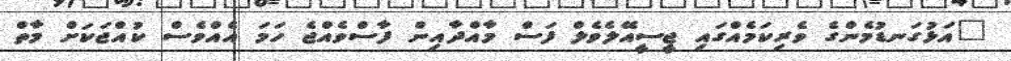
"އަޅުގަނޑުމެންގެ ވެރިކަމެއްގައި ޖީސީއޭލެވެލް ފަސް މާއްދާއިން ފާސްވެއްޖެ ހަމަ އެއްވެސް ކުއްޖަކަށް މާތް